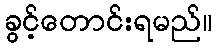
ခွင့်တောင်းရမည်။